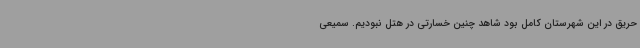
حریق در این شهرستان کامل بود شاهد چنین خسارتی در هتل نبودیم. سمیعی